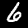
Label: 6